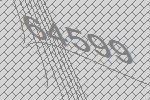
64599